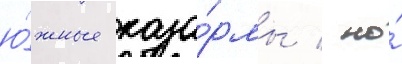
ю́жные каза́рмы / но́